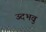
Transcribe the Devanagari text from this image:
उदभवु